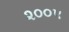
૨૦૦૫